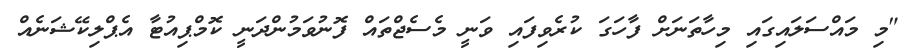
"މި މައްސަލައިގައި މިހާތަނަށް ފާހަގަ ކުރެވިފައި ވަނީ މެސެޖްތައް ފޮނުވަމުންދަނީ ކޮމްޕިއުޓާ އެޕްލިކޭޝަނެއް